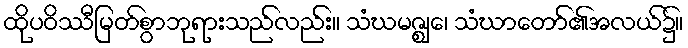
ထိုပဝိဿီမြတ်စွာဘုရားသည်လည်း။ သံဃမဇ္ဈေ၊ သံဃာတော်၏အလယ်၌။